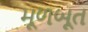
મૂળબૂત